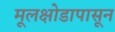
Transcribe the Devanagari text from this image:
मूलक्षोडापासून